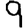
Digit: 9